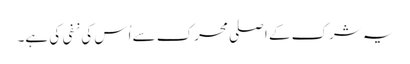
یہ شرک کے اصلی محرک سے اُس کی نفی کی ہے۔